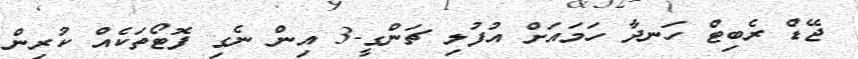
ޖޭޑް ރެބިޓް ހަނދާ ހަމައަށް އުފުލި ޗަންގީ-3 އިން ނެގި ފޮޓޯތަކެއް ކުރިން